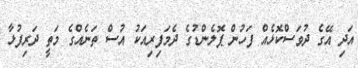
އަދި އޭގެ ދުވަސްކޮޅެއް ފަހުން ޕޮލެންޑުގެ ދެމަފިރިއަކު އުސް ތަނެއްގެ މަތީ ދަރިފުޅާ